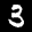
Label: 3